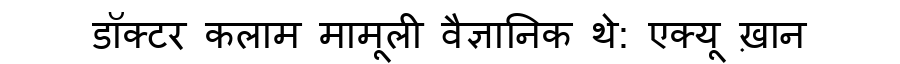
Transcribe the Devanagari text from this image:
डॉक्टर कलाम मामूली वैज्ञानिक थे: एक्यू ख़ान